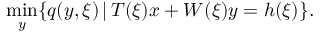
\operatorname* { m i n } _ { y } \{ q ( y , \xi ) \, | \, T ( \xi ) x + W ( \xi ) y = h ( \xi ) \} .